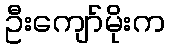
ဦးကျော်မိုးက